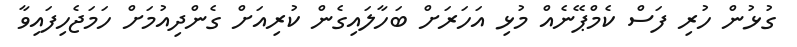
ގުޅުން ހުރި ފަސް ކެމްޕޭނެއް މުޅި އަހަރަށް ބަހާލައިގެން ކުރިއަށް ގެންދިއުމަށް ހަމަޖެހިފައިވާ